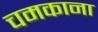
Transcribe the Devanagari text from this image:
चमकाना